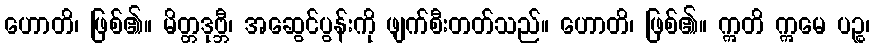
ဟောတိ၊ ဖြစ်၏။ မိတ္တဒုဗ္ဘီ၊ အဆွေင်ပွန်းကို ဖျက်စီးတတ်သည်။ ဟောတိ၊ ဖြစ်၏။ ဣတိ ဣမေ ပဉ္စ၊